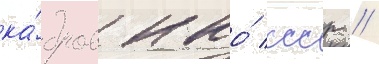
ка́дров нко́ ссср //